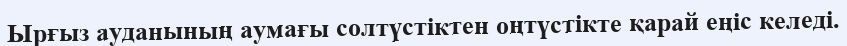
Ырғыз ауданының аумағы солтүстіктен оңтүстікте қарай еңіс келеді.